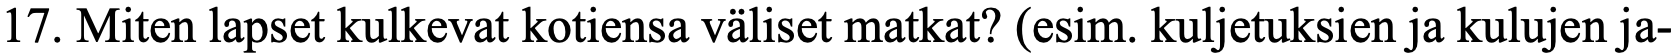
17. Miten lapset kulkevat kotiensa väliset matkat? (esim. kuljetuksien ja kulujen ja-